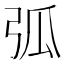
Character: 弧